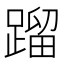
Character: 蹓